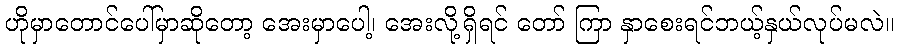
ဟိုမှာတောင်ပေါ်မှာဆိုတော့ အေးမှာပေါ့၊ အေးလို့ရှိရင် တော် ကြာ နှာစေးရင်ဘယ့်နှယ်လုပ်မလဲ။